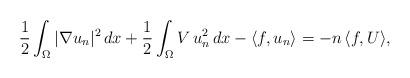
LaTeX: \begin{align*}\frac{1}{2}\int_\Omega |\nabla u_n|^2\,dx+\frac{1}{2}\int_\Omega V\,u^2_n\,dx-\langle f,u_n\rangle=-n\,\langle f,U\rangle,\end{align*}